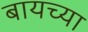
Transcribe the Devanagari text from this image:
बायच्या